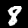
Label: 8